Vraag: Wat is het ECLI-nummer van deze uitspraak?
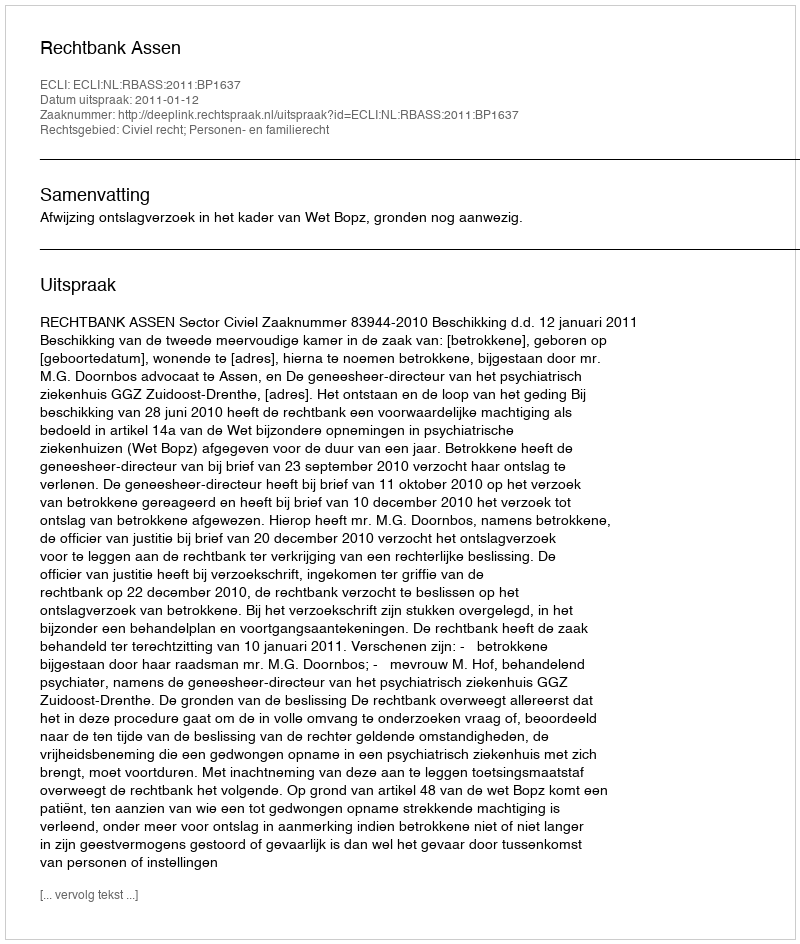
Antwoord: ECLI:NL:RBASS:2011:BP1637